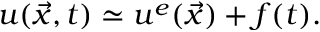
u ( \vec { x } , t ) \simeq u ^ { e } ( \vec { x } ) + f ( t ) .